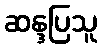
ဆန္ဒပြသူ